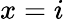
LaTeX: x=i